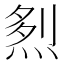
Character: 𤉥